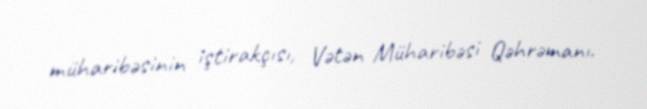
müharibəsinin iştirakçısı, Vətən Müharibəsi Qəhrəmanı.